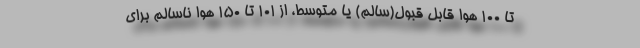
تا ۱۰۰ هوا قابل قبول(سالم) یا متوسط، از ۱۰۱ تا ۱۵۰ هوا ناسالم برای